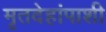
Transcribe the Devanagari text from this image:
मृतदेहांपाशी